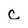
Character: C